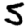
Digit: 5